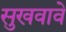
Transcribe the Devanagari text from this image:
सुखवावे